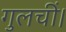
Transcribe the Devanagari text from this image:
गुलचीं।